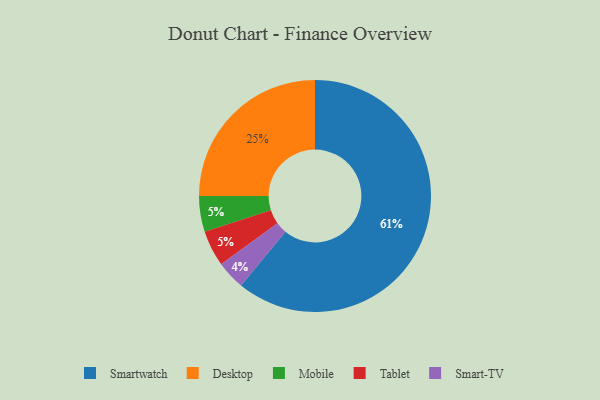
{"axis": {"x": "Category", "y": "Percentage"}, "legend": ["Desktop", "Mobile", "Smart-TV", "Smartwatch", "Tablet"], "data": [{"x": "Mobile", "y": 5, "type": "Mobile"}, {"x": "Desktop", "y": 25, "type": "Desktop"}, {"x": "Smart-TV", "y": 4, "type": "Smart-TV"}, {"x": "Smartwatch", "y": 61, "type": "Smartwatch"}, {"x": "Tablet", "y": 5, "type": "Tablet"}]}